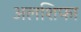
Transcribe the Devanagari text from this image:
अलशिफा